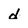
Character: d